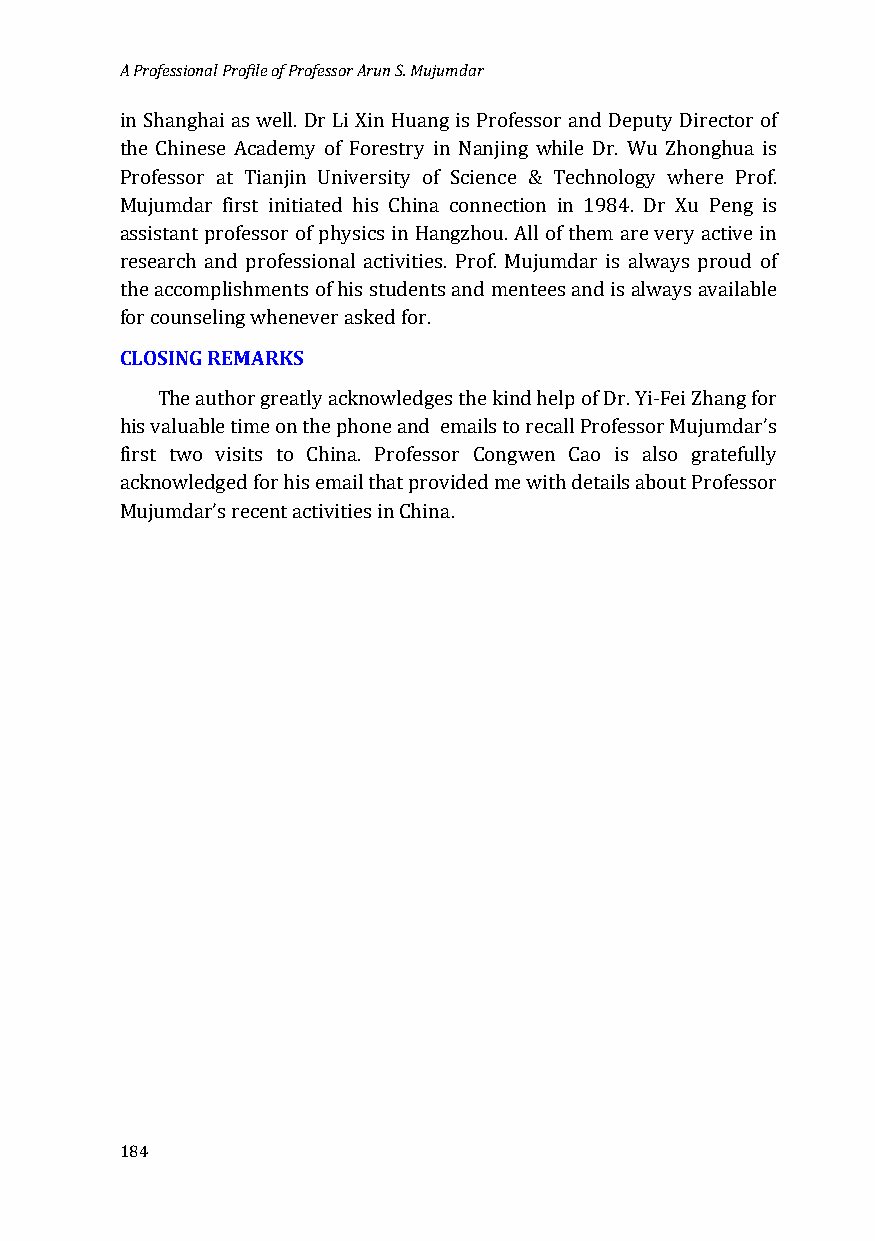
A Professional Profile of Professor Arun S. Mujumdar
 in Shanghai as well. Dr Li Xin Huang is Professor and Deputy Director of
 the Chinese Academy of Forestry in Nanjing while Dr. Wu Zhonghua is
 Professor at Tianjin University of Science & Technology where Prof.
 Mujumdar first initiated his China connection in 1984. Dr Xu Peng is
 assistant professor of physics in Hangzhou. All of them are very active in
 research and professional activities. Prof. Mujumdar is always proud of
 the accomplishments of his students and mentees and is always available
 fCoLrO cSoIuNnGse RliEnMg wARheKnSe ver asked for.
 The author greatly acknowledges the kind help of Dr. Yi-Fei Zhang for
 his valuable time on the phone and emails to recall Professor Mujumdar’s
 first two visits to China. Professor Congwen Cao is also gratefully
 acknowledged for his email that provided me with details about Professor
 Mujumdar’s recent activities in China.
 184